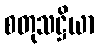
စတုသဋ္ဌိယာ